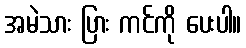
အမဲသား ပြား ကင်ကို ပေးပါ။